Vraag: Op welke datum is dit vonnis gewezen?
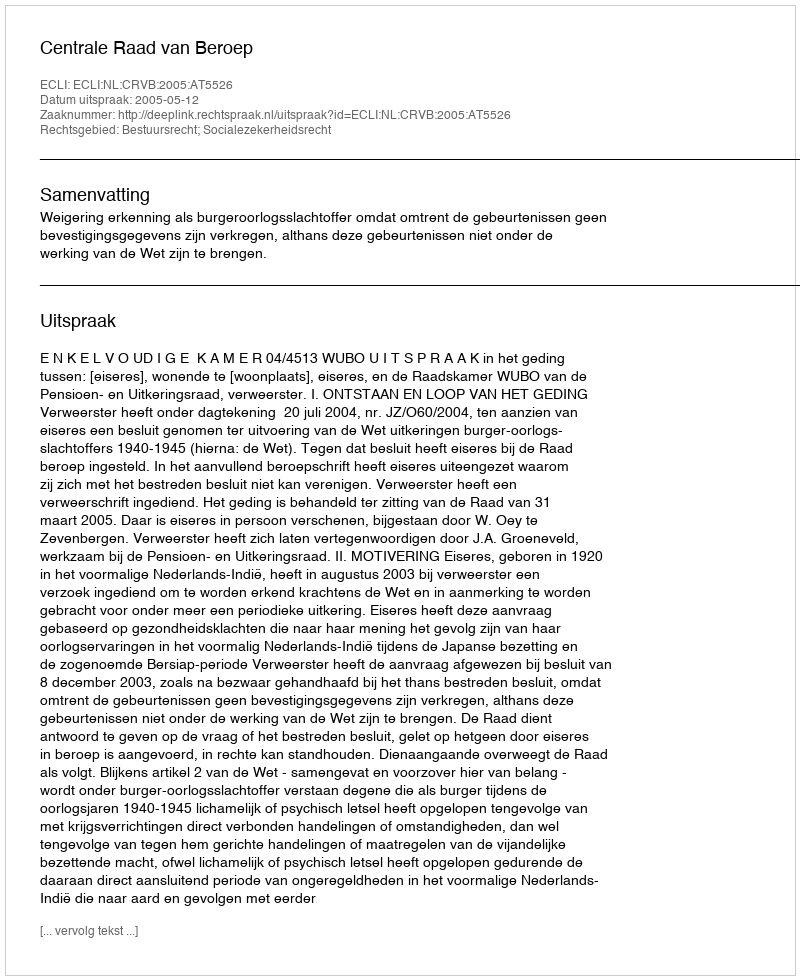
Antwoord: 2005-05-12